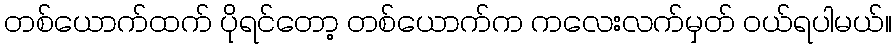
တစ်ယောက်ထက် ပိုရင်တော့ တစ်ယောက်က ကလေးလက်မှတ် ဝယ်ရပါမယ်။